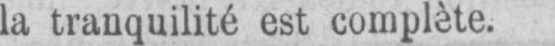
la tranquilité est complète.